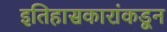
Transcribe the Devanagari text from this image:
इतिहासकारांकडून